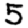
Digit: 5